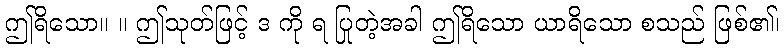
ဤရိသော။ ။ ဤသုတ်ဖြင့် ဒ ကို ရ ပြုတဲ့အခါ ဤရိသော ယာရိသော စသည် ဖြစ်၏၊